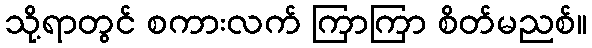
သို့ရာတွင် စကားလက် ကြာကြာ စိတ်မညစ်။